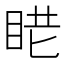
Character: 𥆈